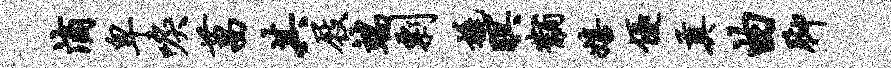
滴卑唳菖其屐端剽橇暝黼嬉优奠曲脚